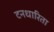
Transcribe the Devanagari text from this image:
टनधारिता